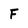
Character: F